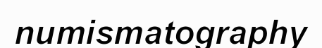
numismatography